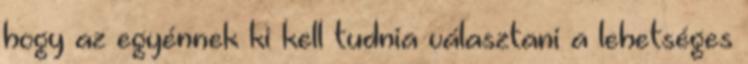
hogy az egyénnek ki kell tudnia választani a lehetséges